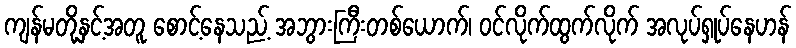
ကျန်မတို့နှင့်အတူ စောင့်နေသည့် အဘွားကြီးတစ်ယောက်၊ ဝင်လိုက်ထွက်လိုက် အလုပ်ရှုပ်နေဟန်